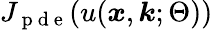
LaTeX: J_{\mathrm{~p~d~e~}}(u(\boldsymbol{x},\boldsymbol{k};\Theta))